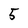
Character: 5